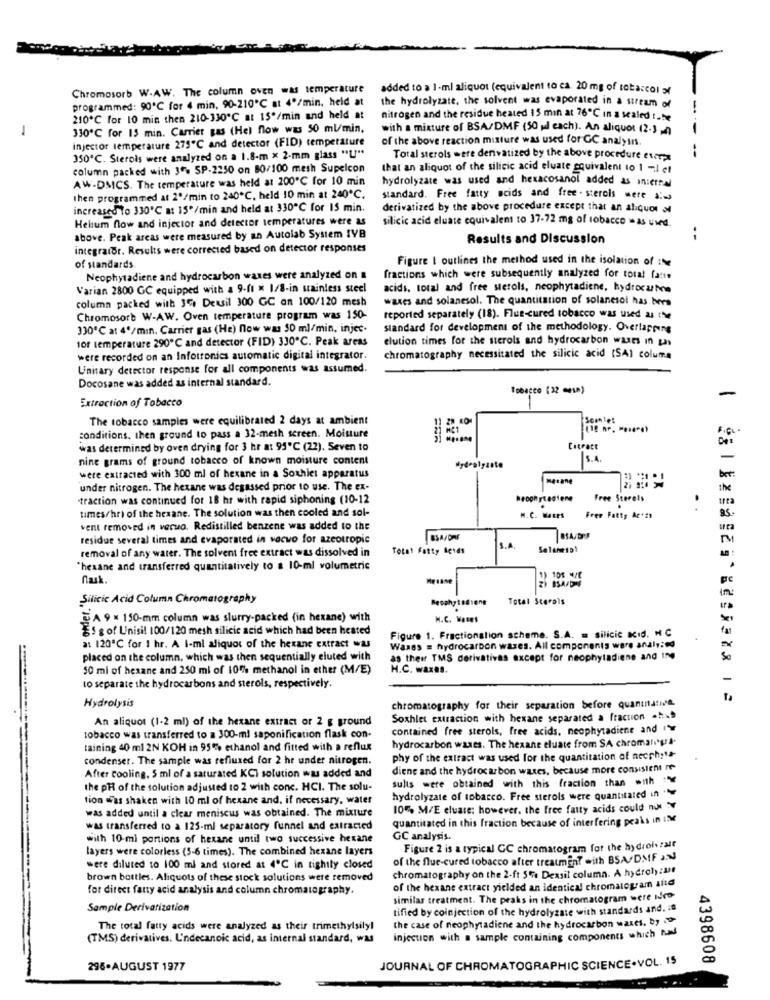
Chromosorb W.AW. The column oven was temperature
added to > 1-ml aliquot (equivalent to ca. 20 mg of tobacco) of
programmed: 90℃ for 4 min, 90-210℃ at 4º/min, held at
the hydrolyzate, the solvent was evaporated in a stream of
210℃ for 10 min then 210-330℃ at 15º/min and held at
nitrogen and the residue heated 15 min at 76℃ in a sealed tube
-
330℃ for 15 min. Carrier gas (Hel flow was 50 ml/min.
with a mixture of BSA/DMF (50 ul each). An aliquot (2-3 -A)
injector temperature 275℃ and detector (FID) temperature
of the above reaction mixture was used for GC analyin.
350℃. Sterols were analyzed on a 1.8-m x 2-mm glass "U"
Total sterols were derivatized by the above procedure curry
column packed with 3% SP-2250 on 80/100 mesh Supelcon
that an aliquot of the silicic acid eluate equivalent 10 1 -1 et
AW-DMCS. The temperature was held at 200℃ for 10 min
hydrolyzate was used and hexacosanol added as internal
then programmed at 2º/min to 240℃, held 10 min at 240℃.
standard. Free fatty acids and free . sterols were a:
increased To 330℃ a: 15*/min and held at 330℃ for 15 min.
derivatized by the above procedure except that an aliquor o
Helum flow and injector and detector temperatures were as
silicic acid eluate equivalent to 37-72 mg of tobacco -as uwd.
above. Peak areas were measured by an Autolab System IVB
Results and Discussion
integrator. Results were corrected based on detector responses
Figure I outlines the method used in the isolation of it
of standards
Neophytadiene and hydrocarbon waxes were analyzed on a
fractions which were subsequently analyzed for total fante
Varian 2800 GC equipped with a 9-11 x 1/8-in stainless steel
acids. total and free sterols, neophytadiene, hydrocarbon
column packed with 3%, Deusil 300 GC an 100/120 mesh
wases and solanesol. The quantitation of solanesol has ters
Chromosorb W-AW. Oven temperature program was 150-
reported separately (18). Flue-cured tobacco was used as the
330℃ at 4º/min. Carrier gas (He) now was 50 ml/min, injec.
standard for development of the methodology. Overlapping
1of temperature 290℃ and detector (FID) 330℃. Peak areas
elution times for the sterols and hydrocarbon waxes in gas
were recorded on an Infotronics automatic digital integrator.
chromatography necessitated the silicic acid (SA) columra
Unitary detector response for all components was assumed.
Docosane was added as internal standard.
Tobacco (32 "ELh)
-
Extraction of Tobacco
The tobacco samples were equilibrated 2 days at ambient
F.G.
conditions. then ground to pass a 32-mesh screen. Moisture
was determined by oven drying for 3 hr at 95℃ (22). Seven to
Entract
nine grams of ground tobacco of known moisture content
5.4.
-
Hydrolyzate
were extracted with 300 ml of hexane in a Soxhiet apparatus
MARane
bet:
under nitrogen. The hexane was degassed prior to use. The ex-
the
"traction was continued for 18 hr with rapid siphoning (10-12
heophytastene
Free Sterols
times/hri of the hexane. The solution was then cooled and sol-
H.C. WARes
Free Fatty Ar+29
vent removed in verwo. Redistilled benzene was added to the
residue several times and evaporated in vacwo for azeotropic
M
removal of any water. The solvent free extract was dissolved in
Total Fatty Bends
S.A
"hexane and transferred quantitatively to a 10-ml volumetric
.
Mesase
In:
Silicic Acid Column Chromatography
Total Sterals
A 9 × 150-mm column was slurry-packed (in hexane) with
H.C. Woses
85 g of Unisil 100/120 mesh silicic acid which had been heated
Figure 1. Fractionalion scheme. S.A. = silicic KId. H C
at 120℃ for 1 hr. A I-ml aliquor of the hexane extract was
Waxes = hydrocarbon wazes. All components were analy: ed
placed on the column, which was then sequentially eluted with
as their TMS derivatives except for neophytadiene and Ing
50 mi of hexane and 250 ml of 10% methanol in ether (M/E)
H.C. wazas.
to separate the hydrocarbons and sterols, respectively.
Hydrolysis
chromatography for their separation before quantitative
An aliquot (1-2 ml) of the hexane extract or 2 g ground
Soxhlet extraction with hexane separated a fraction -h.
contained free sterols, free acids, neophytadiene and ">
tobacco was transferred to a 300-ml saponification flask con-
taining 40 ml 2N KOH in 95% ethanol and fitted with a reflux
hydrocarbon waxes. The hexane eluate from SA chromaligra-
condenser. The sample was refluxed for 2 hr under nitrogen.
phy of the extract was used for the quantitation of necphy"-
diene and the hydrocarbon waxes, because more consistent me
After cooling, 5 ml of a saturated KCI solution was added and
the pR of the solution adjusted to 2 with conc. HCI. The solu-
sults were obtained with this fraction than onth
tion was shaken with 10 ml of hexane and, if necessary, water
hydrolyzate of tobacco. Free sterols were quantitated in "
was added until a clear meniscus was obtained. The mixture
10% M/E elvare; however, the free fatty acids could not
quantitated in this fraction because of interfering peaks in IM
was transferred to a 125-ml separatory funnel and extracted
with 10-ml portions of hexane until two successive hexane
GC analysis.
layers were colorless (5-6 times). The combined hexane layers
Figure 2 is a typical GC chromatogram for the hydrol tale
of the flue-cured tobacco after treatment with BSA/DMF .
were diluted to 100 ml and stored at 4º℃ in tightly closed
chromatography on the 2-ft 5% Dexsil column. A hydroly :Me
brown bottles. Aliquots of these stock solutions were removed
for direct fatty acid analysis and column chromatography.
of the hexane extract yielded an identical chromatogram ante
similar treatment. The peaks in the chromatogram were we
Sample Derivarization
tified by coinjection of the hydrolyzate with standards and. : a
the case of neophytadiene and the hydrocarbon waxes. by
The total fatty acids were analyzed as their trimethylsily!
(TMS) derivatives. U'ndecanoic acid, as internal standard, was
injecuon with a sample containing components which AM
4398608
296-AUGUST 1977
JOURNAL OF CHROMATOGRAPHIC SCIENCE.VOL. 15